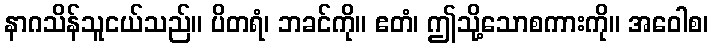
နာဂသိန်သူငယ်သည်။ ပိတရံ၊ ဘခင်ကို။ ဧတံ၊ ဤသို့သောစကားကို။ အဝေါစ၊